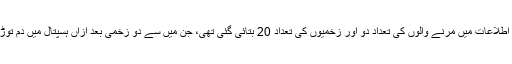
ابتدائی اطلاعات میں مرنے والوں کی تعداد دو اور زخمیوں کی تعداد 20 بتائی گئی تھی، جن میں سے دو زخمی بعد ازاں ہسپتال میں دم توڑ گئے۔